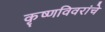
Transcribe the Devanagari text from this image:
कृष्णविवरांचे